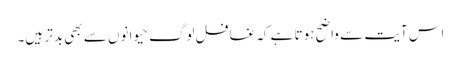
اس آیت سے واضح ہوتا ہے کہ غافل لوگ حیوانوں سے بھی بدتر ہیں۔